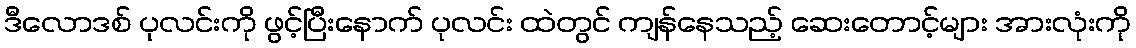
ဒီလောဒစ် ပုလင်းကို ဖွင့်ပြီးနောက် ပုလင်း ထဲတွင် ကျန်နေသည့် ဆေးတောင့်များ အားလုံးကို